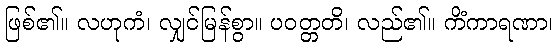
ဖြစ်၏။ လဟုကံ၊ လျှင်မြန်စွာ။ ပဝတ္တတိ၊ လည်၏။ ကိံကာရဏာ၊